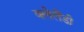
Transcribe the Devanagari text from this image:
क्लेलैंडी